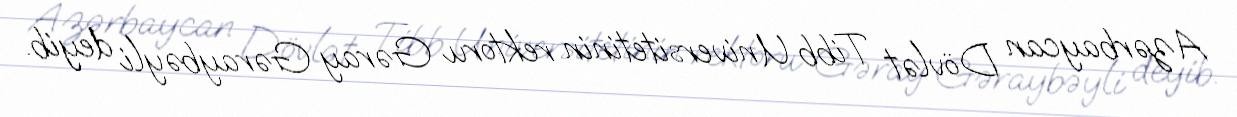
Azərbaycan Dövlət Tibb Universitetinin rektoru Gəray Gəraybəyli deyib.